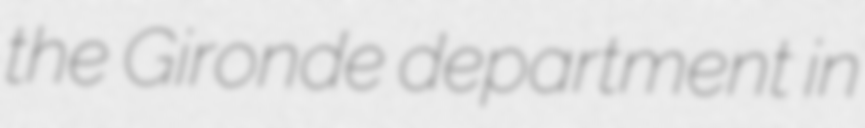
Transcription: the Gironde department in